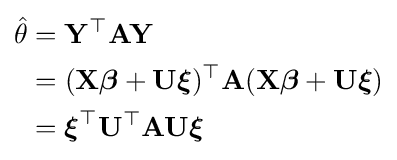
{\begin{aligned}{\hat {\theta }}&=\mathbf {Y} ^{\top }\mathbf {A} \mathbf {Y} \\&=(\mathbf {X} {\boldsymbol {\beta }}+\mathbf {U} {\boldsymbol {\xi }})^{\top }\mathbf {A} (\mathbf {X} {\boldsymbol {\beta }}+\mathbf {U} {\boldsymbol {\xi }})\\&={\boldsymbol {\xi }}^{\top }\mathbf {U} ^{\top }\mathbf {A} \mathbf {U} {\boldsymbol {\xi }}\end{aligned}}